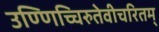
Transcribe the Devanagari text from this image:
उण्णिच्चिरुतेवीचरितम्